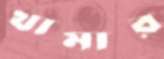
খামার